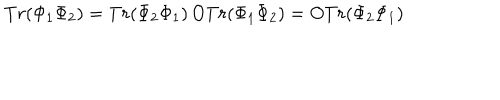
T r ( \Phi _ { 1 } \Phi _ { 2 } ) = T r ( \Phi _ { 2 } \Phi _ { 1 } ) \, O T r ( \Phi _ { 1 } \Phi _ { 2 } ) = O T r ( \Phi _ { 2 } \Phi _ { 1 } )